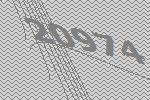
20974